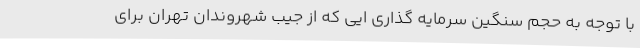
با توجه به حجم سنگین سرمایه گذاری ایی که از جیب شهروندان تهران برای